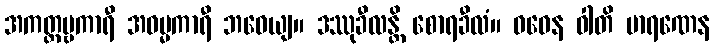
အကတ္တဗ္ဗကာရီ အဓမ္မကာရီ ဘဝေယျ။ ဒဿုခီလန္တိ စောရခီလံ။ ဝဓေန ဝါတိ မာရဏေန